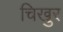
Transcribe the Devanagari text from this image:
चिखुर